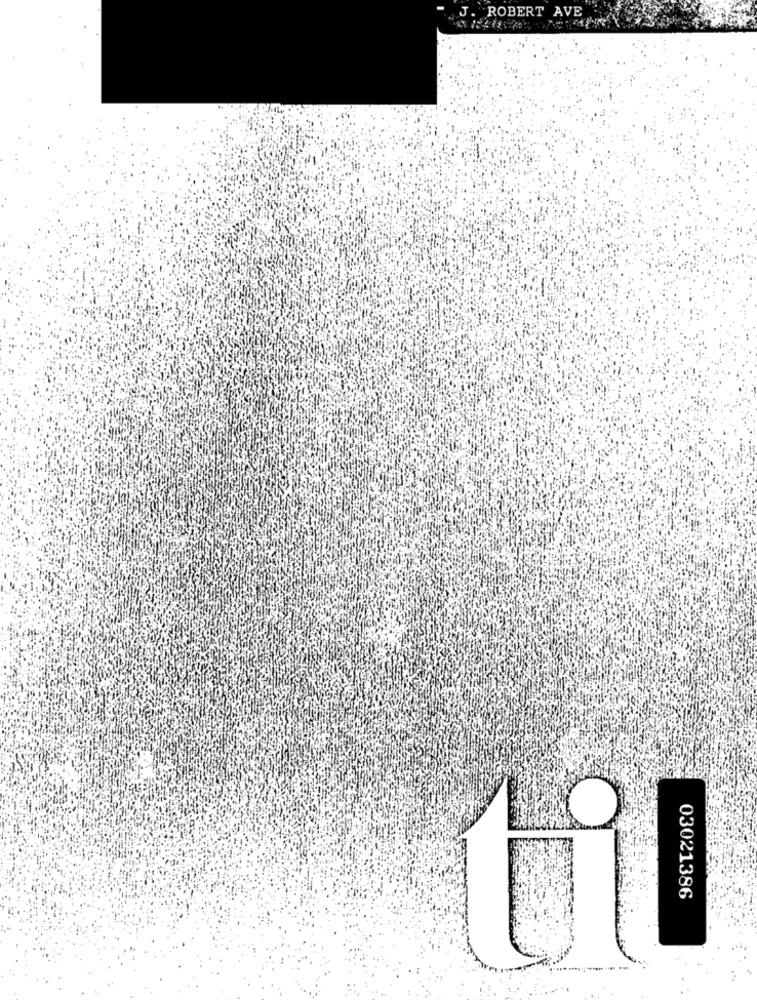
J. ROBERT AVE
03021386
t